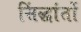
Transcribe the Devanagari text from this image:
सिंद्धांतों